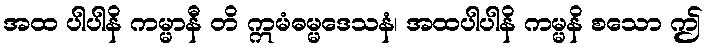
အထ ပါပါနိ ကမ္မာနီ တိ ဣမံဓမ္မဒေသနံ၊ အထပါပါနိ ကမ္မနိ စသော ဤ